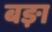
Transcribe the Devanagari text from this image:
बङ़ा